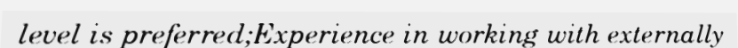
level is preferred;Experience in working with externally